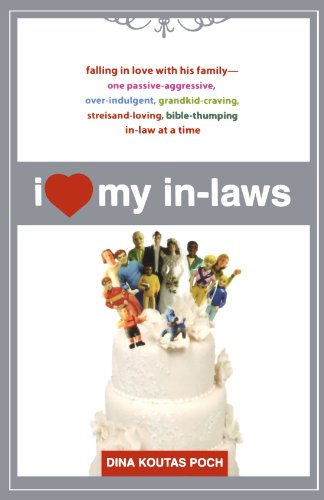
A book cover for I Heart My In-Laws: Falling in Love with His Family--One Passive-Aggressive, Over-Indulgent, Grandkid-Craving, Streisand-Loving, Bible-Thumping In-Law at a Time; Dina Koutas Poch; Parenting & Relationships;